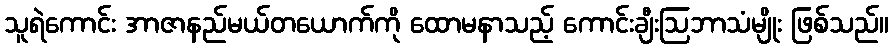
သူရဲကောင်း အာဇာနည်မယ်တယောက်ကို ထောမနာသည့် ကောင်းချီးဩဘာသံမျိုး ဖြစ်သည်။